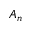
A _ { n }